Annual administration report of the Civil Veterinary Department, Ajmere-Merwara, British Rajputana - 1914-1940
Year: 1914
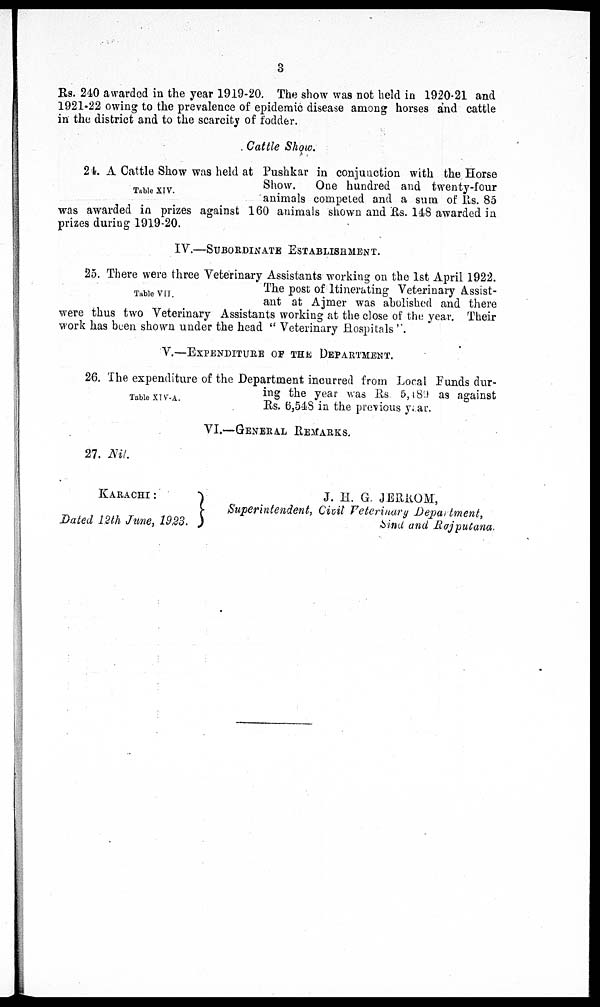
3
Rs. 240 awarded in the year 1919-20. The show was not held in 1920-21 and
1921-22 owing to the prevalence of epidemic disease among horses and cattle
in the district and to the scarcity of fodder.
Cattle Show.
Table XIV.
24. A Cattle Show was held at Pushkar in conjunction with the Horse
Show.
One hundred and twenty-four
animals competed and a sum of Rs. 85
was awarded in prizes against 160 animals shown and Rs. 148 awarded in
prizes during 1919-20.
IV.—SUBORDINATE ESTABLISHMENT.
Table VII.
25. There were three Veterinary Assistants working on the 1st April 1922.
The post of Itinerating Veterinary Assist-
ant at Ajmer was abolished and there
were thus two Veterinary Assistants working at the close of the year. Their
work has been shown under the head "Veterinary Hospitals".
V.—EXPENDITURE OF THE DEPARTMENT.
Table XIV-A.
26. The expenditure of the Department incurred from Local Funds dur-
ing the year was Rs 5,189 as against
Rs. 6,548 in the previous year.
VI.—GENERAL REMARKS.
27. Nil.
KARACHI:
Bated 12th June, 1923.
J. H. G. JERROM,
Superintendent, Civil Veterinary Department,
Sind and Rajputana.